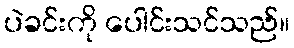
ပဲခင်းကို ပေါင်းသင်သည်။